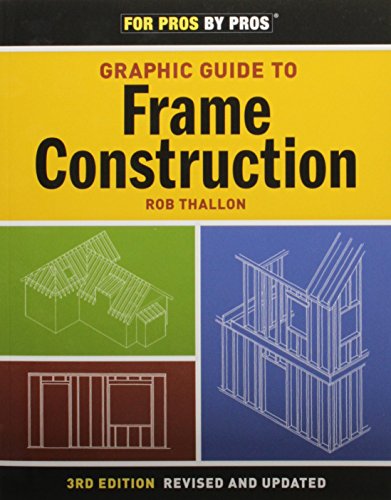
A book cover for Graphic Guide to Frame Construction: Third Edition, Revised and Updated (For Pros By Pros); Robert Thallon; Engineering & Transportation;